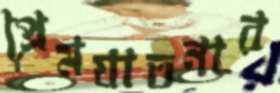
প্রেমযাতনার